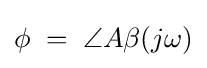
\phi \;=\;\angle A\beta (j\omega )